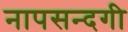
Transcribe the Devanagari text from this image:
नापसन्दगी